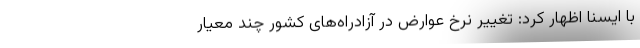
با ایسنا اظهار کرد: تغییر نرخ عوارض در آزادراه‌های کشور چند معیار